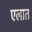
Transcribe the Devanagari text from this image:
एलात